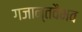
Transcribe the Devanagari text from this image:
गजान्तवैभव